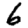
Digit: 6